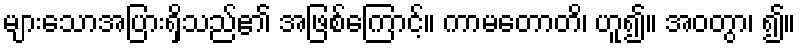
များသောအပြားရှိသည်၏ အဖြစ်ကြောင့်။ ကာမတောတိ၊ ဟူ၍။ အဝတွာ၊ ၍။